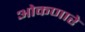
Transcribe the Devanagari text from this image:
ओकणारे